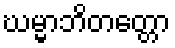
ဃမ္မာဘိတတ္တော